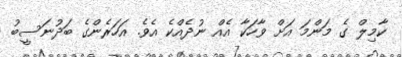
ކާމިލް ގެ މަންމަ އަށް ވާހަކާ އެއް ނުދެއްކެ އެވެ. އަހަރެންގެ ބަދުނަސީބު